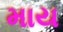
માય